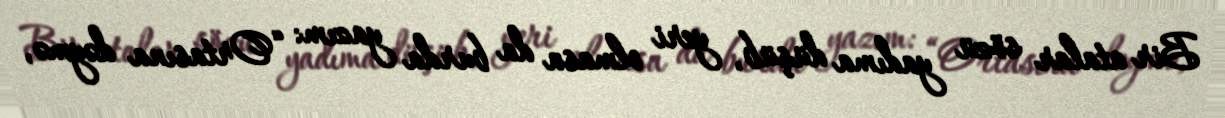
Bir atalar sözü yadıma düşüb, yeri olmasa da burda yazım: “Ortasına dəymə,